Bombay plague: being a history of the progress of plague in the Bombay presidency from September 1896 to June 1899
Year: 1896
Disease focus: Plague
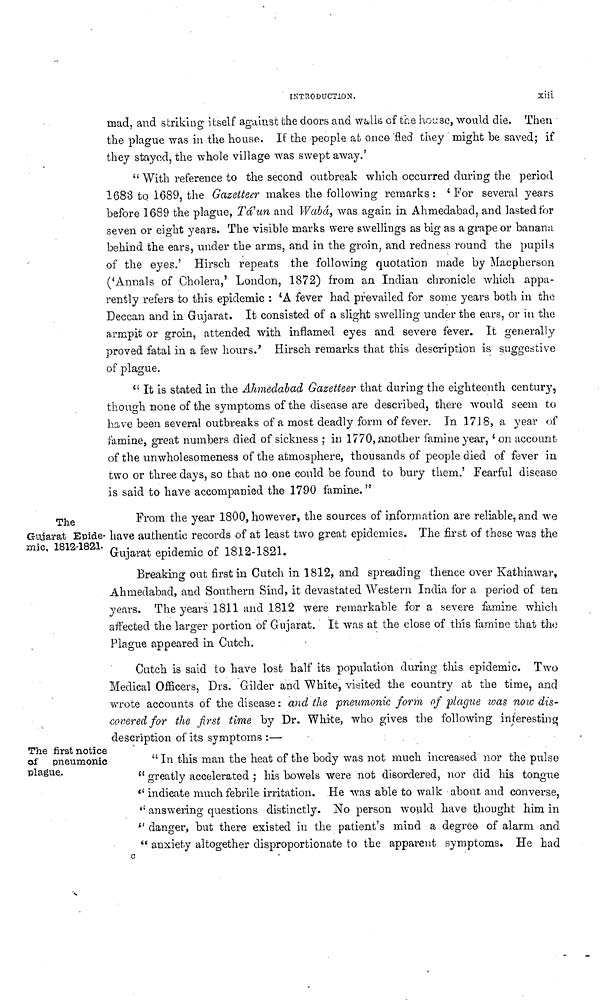
INTRODUCTION.
Xiii
mad, and striking itself against the doors and walls of the house, would die. Then
the plague was in the house. If the people at once fled they might be saved; if
they stayed, the whole village was swept away.'
" With reference to the second outbreak which occurred during the period
1683 to 1689, the Gazetteer makes the following remarks : ' For several years
before 1689 the plague, Tá'un and Wabá, was again in Ahmedabad, and lasted for
seven or eight years. The visible marks were swellings as big as a grape or banana
behind the ears, under the arms, and in the groin, and redness round the pupils
of the eyes.' Hirsch repeats the following quotation made by Macpherson
('Annals of Cholera,' London, 1872) from an Indian chronicle which appa-
rently refers to this epidemic : Ά fever had prevailed for some years both in the
Deccan and in Gujarat. It consisted of a slight swelling under the ears, or in the
armpit or groin, attended with inflamed eyes and severe fever. It generally
proved fatal in a few hours.' Hirsch remarks that this description is suggestive
of plague.
" It is stated in the Ahmedabad Gazetteer that during the eighteenth century,
though none of the symptoms of the disease are described, there would seem to
have been several outbreaks of a most deadly form of fever. In 1718, a year of
famine, great numbers died of sickness ; in 1770, another famine year, 'on account
of the unwholesomenesa of the atmosphere, thousands of people died of fever in
two or three days, so that no one could be found to bury them.' Fearful disease
is said to have accompanied the 1790 famine. "
The
Gujarat Epide-
mic, 1812-1821.
From the year 1800, however, the sources of information are reliable, and we
have authentic records of at least two great epidemics. The first of these was the
Gujarat epidemic of 1812-1821.
Breaking out first in Cutch in 1812, and spreading thence over Kathiawar,
Ahmedabad, and Southern Sind, it devastated Western India for a period of ten
years. The years 1811 and 1812 were remarkable for a severe famine which
affected the larger portion of Gujarat. It was at the close of this famine that the
Plague appeared in Cutch.
Cutch is said to have lost half its population during this epidemic. Two
Medical Officers, Drs. Gilder and White, visited the country at the time, and
wrote accounts of the disease : and the pneumonic form of plague was now dis-
covered for the first time by Dr. White, who gives the following interesting
description of its symptoms :—·
The first notice
of pneumonic
plague.
"In this man the heat of the body was not much increased nor the pulse
" greatly accelerated ; his bowels were not disordered, nor did his tongue
" indicate much febrile irritation. He was able to walk about and converse,
" answering questions distinctly. No person would have thought him in
" danger, but there existed in the patient's mind a degree of alarm and
" anxiety altogether disproportionate to the apparent symptoms. He had
c